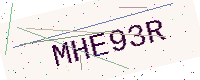
Text: MHE93R